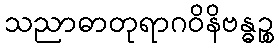
သညာဓာတုရာဂဝိနိဗန္ဓဉ္စ